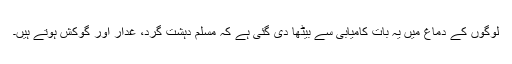
لوگوں کے دماغ میں یہ بات کامیابی سے بیٹھا دی گئی ہے کہ مسلم دہشت گرد، غدار اور گوکش ہوتے ہیں۔